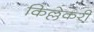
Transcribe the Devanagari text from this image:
किल्लेकरी